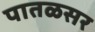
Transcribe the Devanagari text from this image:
पातळसर